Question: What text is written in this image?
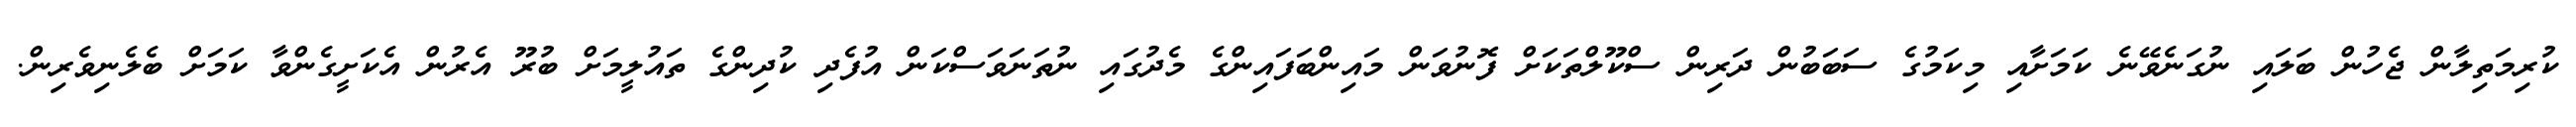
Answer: ކުރިމަތިލާން ޖެހުން ބަލައި ނުގަނެވޭނެ ކަމަށާއި މިކަމުގެ ސަބަބުން ދަރިން ސްކޫލްތަކަށް ފޮނުވަން މައިންބަފައިންގެ މެދުގައި ނުތަނަވަސްކަން އުފެދި ކުދިންގެ ތައުލީމަށް ބުރޫ އެރުން އެކަށީގެންވާ ކަމަށް ބެލެނިވެރިން.